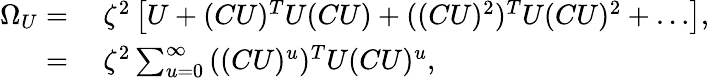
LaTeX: \begin{array}{rl}{\Omega_{U}=}&{{}\ \zeta^{2}\left[U+(CU)^{T}U(CU)+((CU)^{2})^{T}U(CU)^{2}+\ldots\right],}\\ {=}&{{}\ \zeta^{2}\sum_{u=0}^{\infty}{((CU)^{u})^{T}U(CU)^{u}},}\end{array}